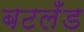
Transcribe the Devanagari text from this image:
बटलँड